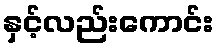
နှင့်လည်းကောင်း